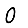
Digit: 0